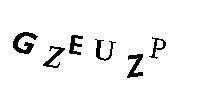
GZEUZP